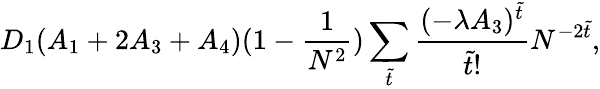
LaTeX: D_{1}(A_{1}+2A_{3}+A_{4})(1-\frac{1}{N^{2}})\sum_{\tilde{t}}\frac{(-\lambda A_{3})^{\tilde{t}}}{\tilde{t}!}N^{-2\tilde{t}},